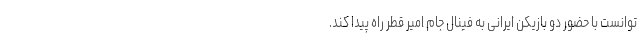
توانست با حضور دو بازیکن ایرانی به فینال جام امیر قطر راه پیدا کند.